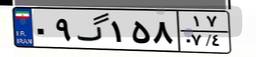
۰۹گ۱۵۸۱۷